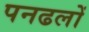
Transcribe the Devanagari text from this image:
पनढलों